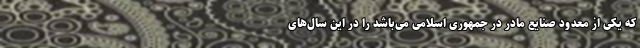
که یکی از معدود صنایع مادر در جمهوری اسلامی می‌باشد را در این سال‌های